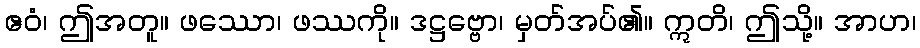
ဧဝံ၊ ဤအတူ။ ဖဿော၊ ဖဿကို။ ဒဋ္ဌဗ္ဗော၊ မှတ်အပ်၏။ ဣတိ၊ ဤသို့။ အာဟ၊